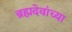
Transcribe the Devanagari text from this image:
ब्रह्मदेवांच्या